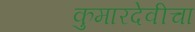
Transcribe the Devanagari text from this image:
कुमारदेवीचा